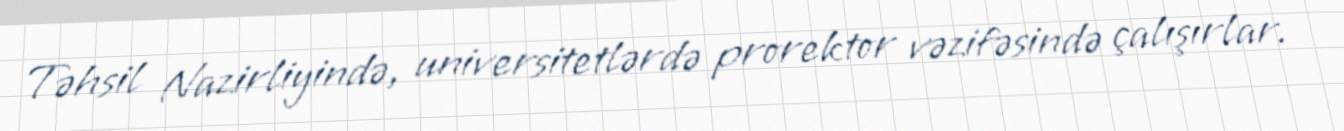
Təhsil Nazirliyində, universitetlərdə prorektor vəzifəsində çalışırlar.